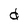
Character: d